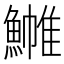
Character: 𬵧